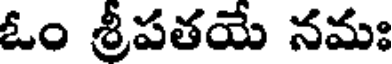
ఓం శ్రీపతయే నమః